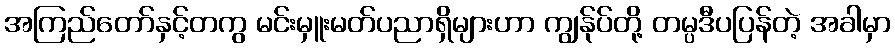
အကြည်တော်နှင့်တကွ မင်းမှူးမတ်ပညာရှိများဟာ ကျွန်ုပ်တို့ တမ္ပဒီပပြန်တဲ့ အခါမှာ